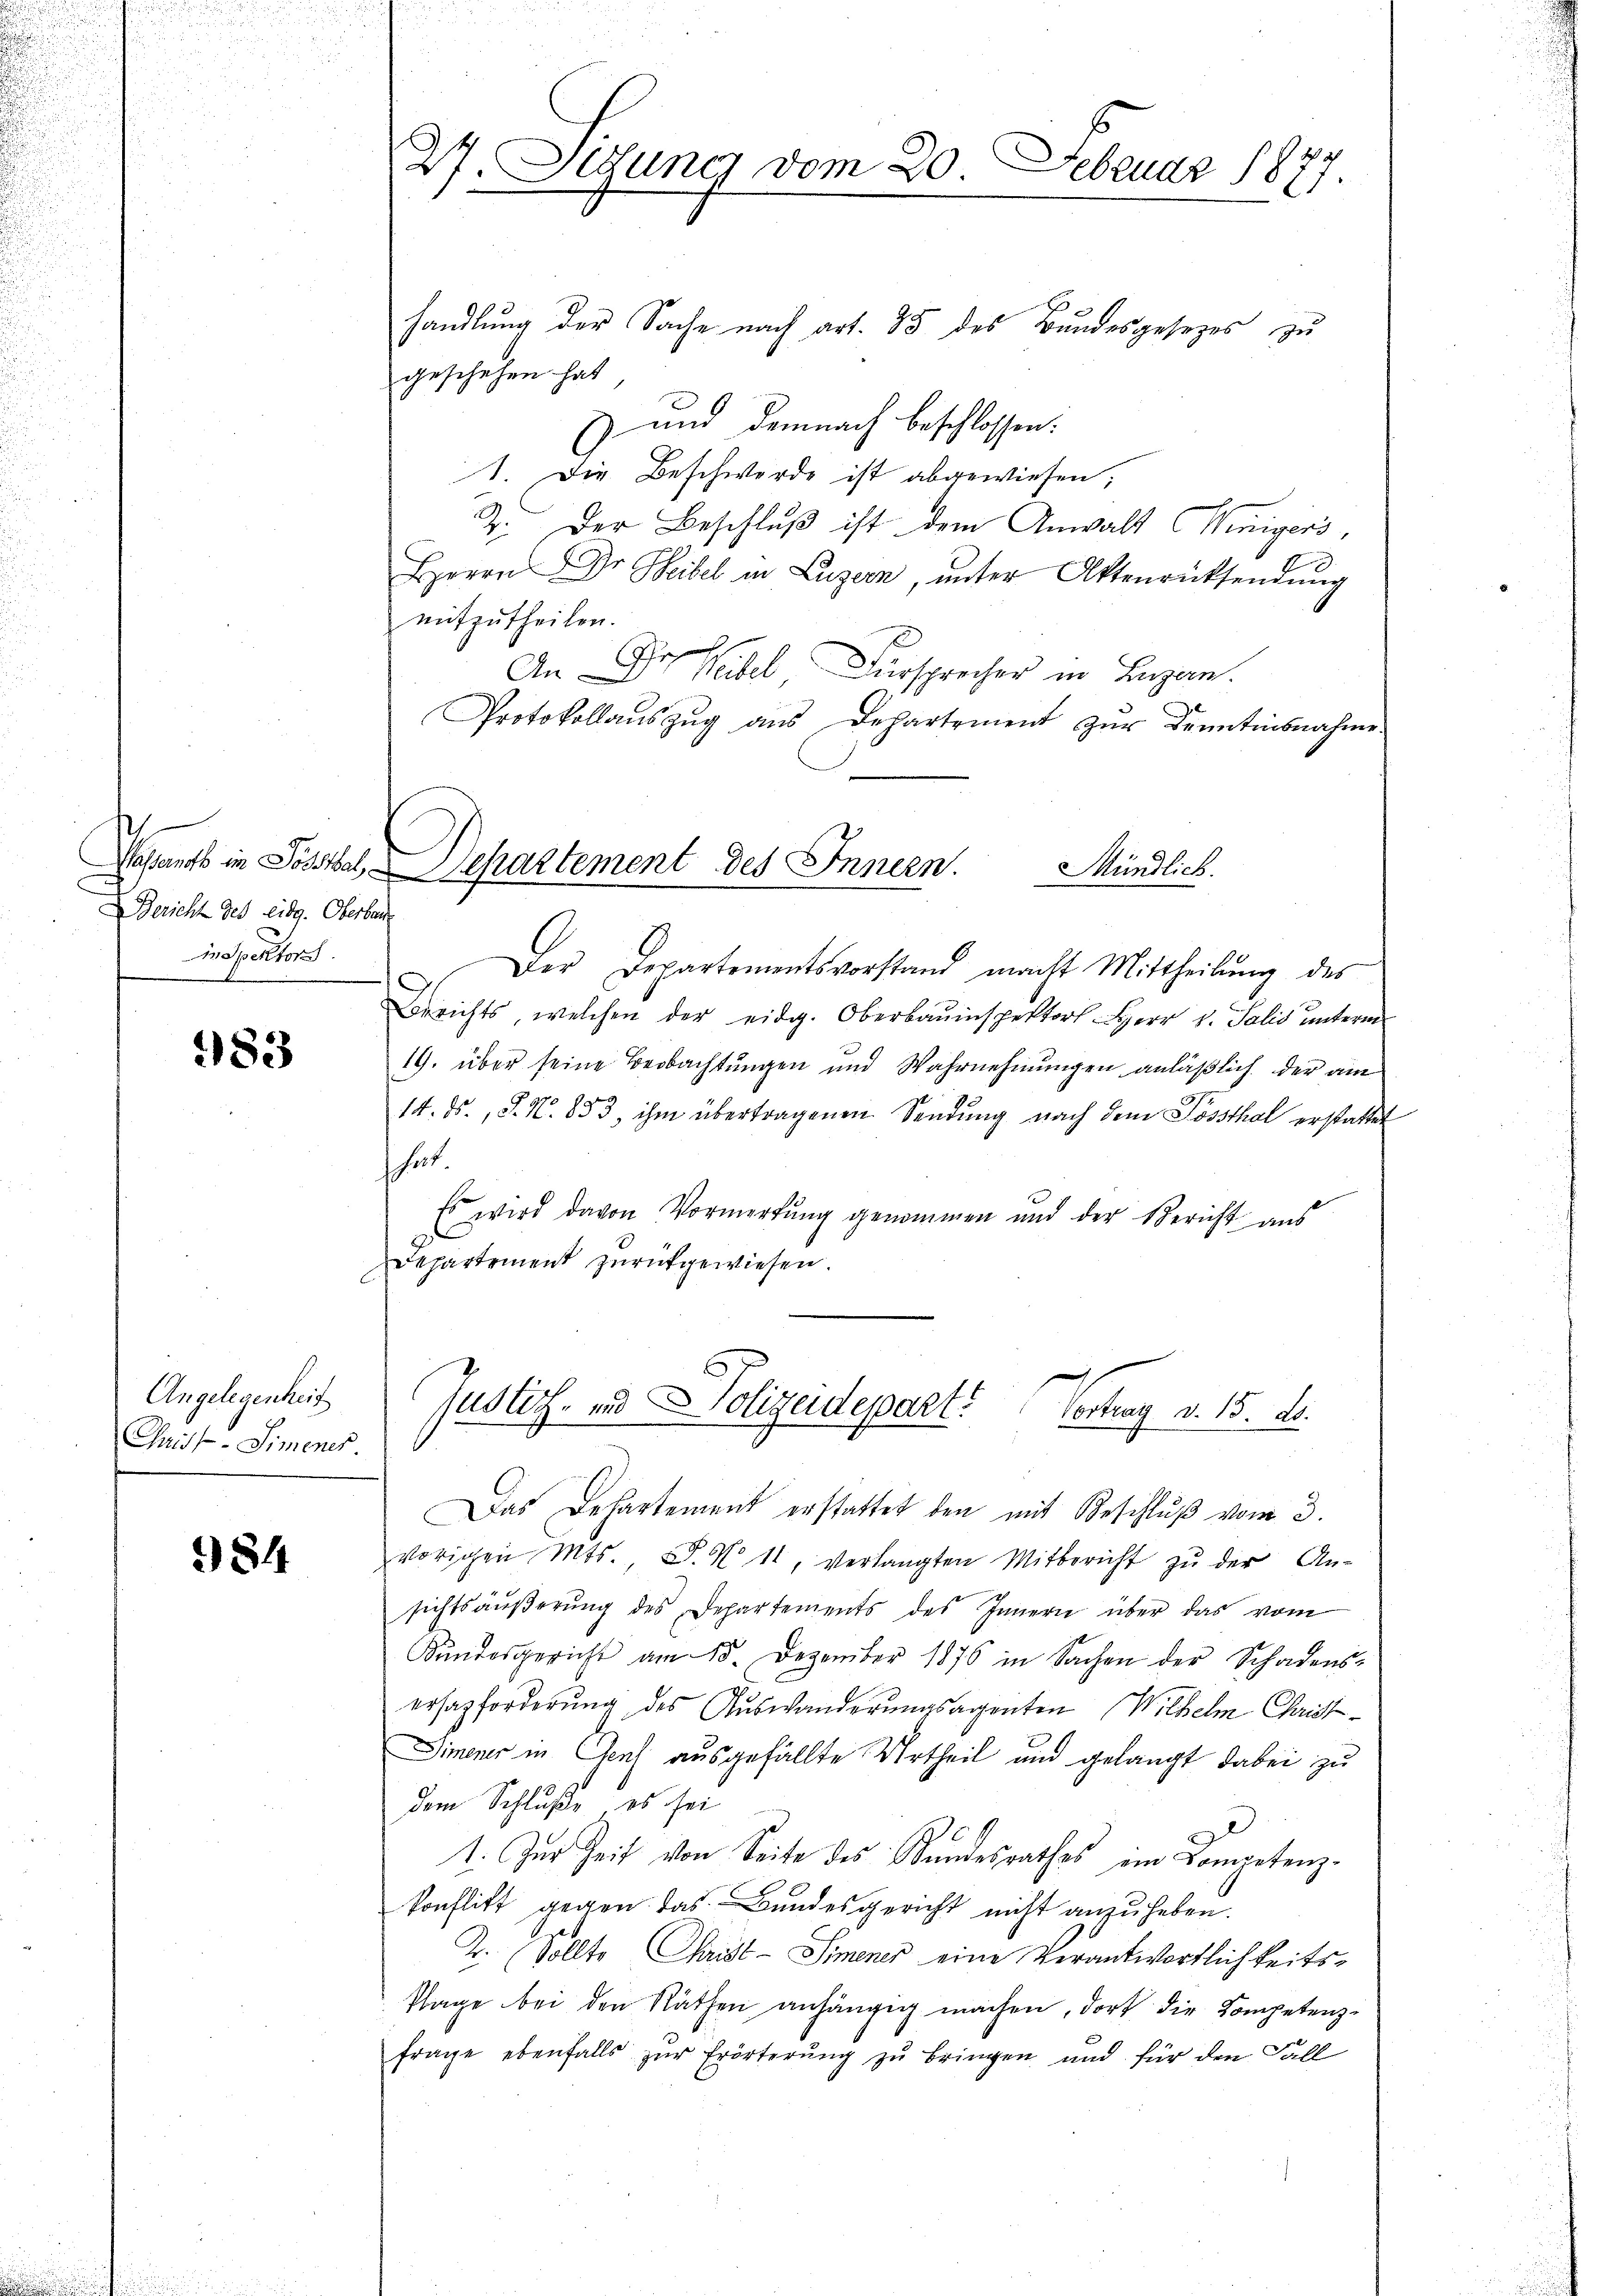
Besamts in Forstel
Bericht des Eidg. Oberbe
inspektors.

183

Angelegenheit
Christ-Simenes.

84

handlung der Sache nach art. 85 des Bundesgesetzes zu
geschehen hat
 und demnach beschlossen:
1. Die Beschwerde ist abgewiesen;
2. Der Beschluß ist dem Anwalt Winigers,
Herrn Dr. Beibel in Luzern, ŭnter Aktenrücksendŭng
mitzutheilen.
An Dr Weibel, Fürsprecher in Lugan.
Protokollaŭszŭg ans Departement zŭr Kenntinsnahme

27. Octuner vom 20. Februar 1877.

i
Der Departementsvorstand macht Mittheilŭng des
Berichts, welchen der eidg. Oberbauinspektors Herr v. Salis ŭnterm
19. über seine Beobachtungen und Wahrnehmungen anläßlich der am
14. ds., S. N. 853, ihm übertragenen Sendung nach dem Possthal erstattet
her
Es wird davon Vormerkung genommen und der Bericht aus
Departement zurückgewiesen.
Das Departement erstattet den mit Beschlŭβ vom 3.
vorigen Mts., S. N. 11, verlangten Mitbericht zŭ der An-
sichtsäŭβerŭng des Departements des Innern über das vom
Kundesgericht am 15. Dezember 1876 in Sachen der Schadens-
erhazforderung des Auswanderungsagenten Wilhelm Christ¬
Dimener in Genf ausgefällte Urtheil und gelangt dabei zu
dem Schluße es sei
1. Zur Zeit von Seite des Bundesrathes im Kompetenz-
konflikt gegen das Bundesgericht nicht anzuheben.
2. Sollte Chaist-Simmener eine Verantwortlichkeits¬
Plage bei den Räthen anhängig machen, dort die Kompetenz-
frage ebenfalls zur Erörterung zu bringen und für den Fall

Separtement des Innern. Mündlich.

Justiz- und Polizeidepart? Vortrag v. 15. ds.